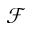
\mathcal { F }